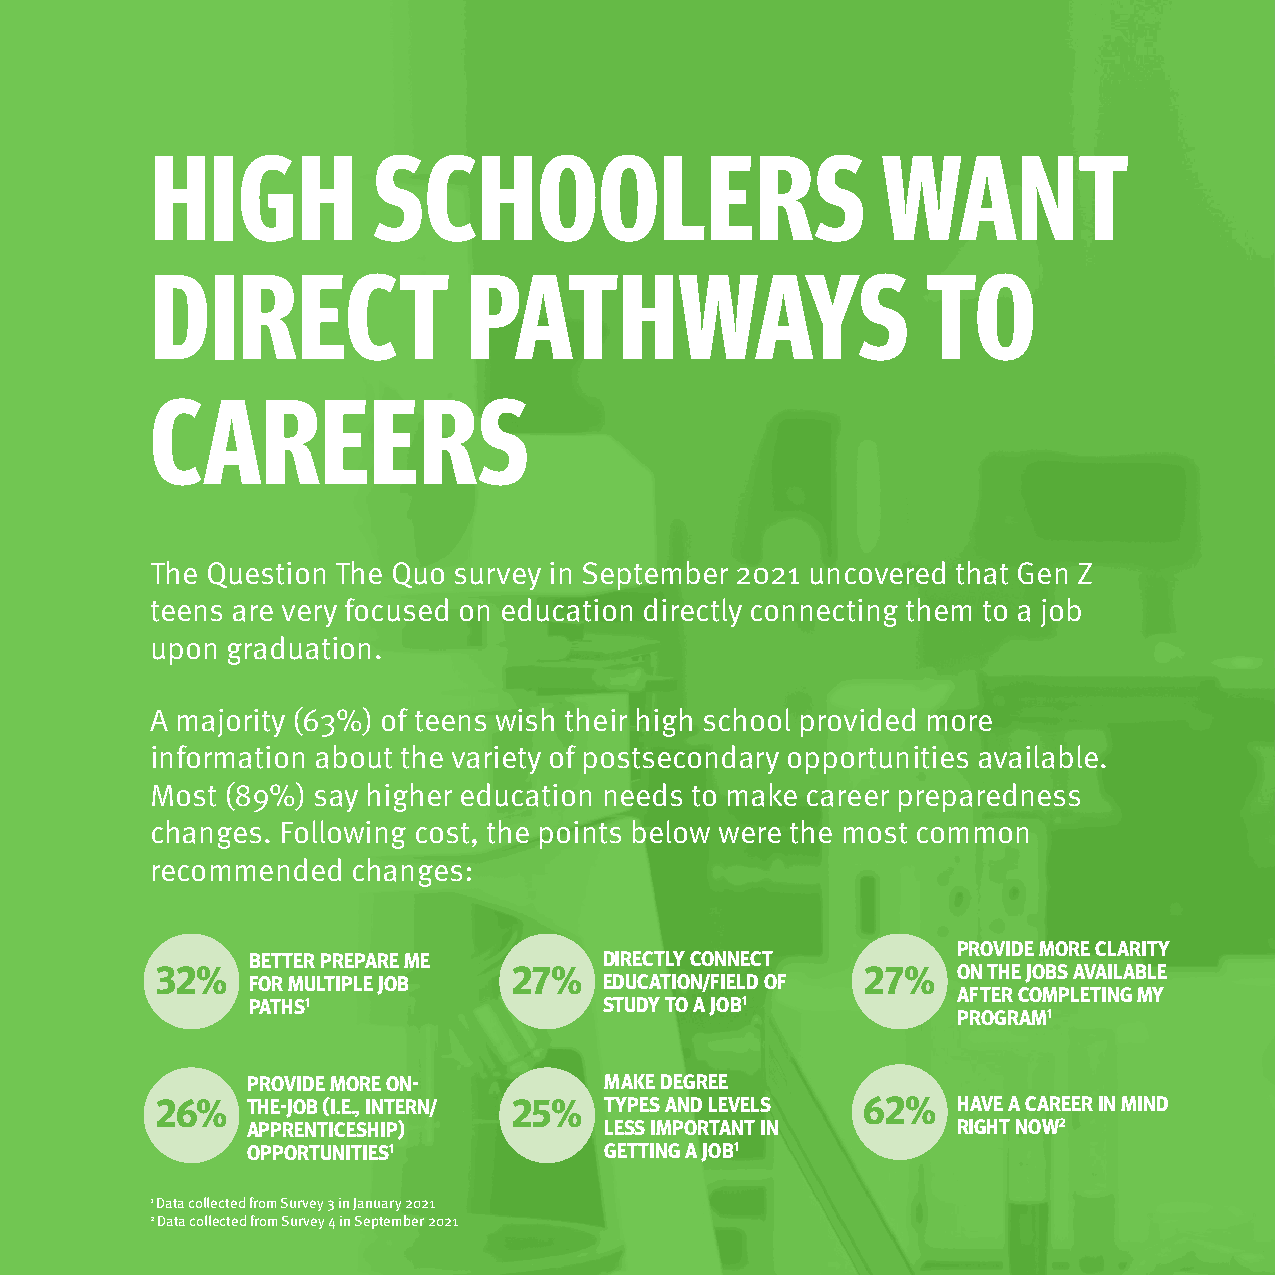
HIGH           SCHOOLERS                        WANT
 DIRECT               PATHWAYS                      TO
 CAREERS
 The Question The Quo survey in September 2021 uncovered that Gen Z
 teens are very focused on education directly connecting them to a job
 upon graduation.
 A majority (63%) of teens wish their high school provided more
 information about the variety of postsecondary opportunities available.
 Most (89%) say higher education needs to make career preparedness
 changes. Following cost, the points below were the most common
 recommended  changes:
 PROVIDE MORE CLARITY
 BETTER PREPARE ME       DIRECTLY CONNECT
 32%                     27%                    27%   ON THE JOBS AVAILABLE
 FOR MULTIPLE JOB        EDUCATION/FIELD OF
 AFTER COMPLETING MY
 PATHS1                  STUDY TO A JOB1
 PROGRAM1
 PROVIDE MORE ON-        MAKE DEGREE
 26%   THE-JOB (I.E., INTERN/ 25% TYPES AND LEVELS 62% HAVE A CAREER IN MIND
 APPRENTICESHIP)         LESS IMPORTANT IN      RIGHT NOW2
 OPPORTUNITIES1          GETTING A JOB1
 1 Data collected from Survey 3 in January 2021
 2 Data collected from Survey 4 in September 2021